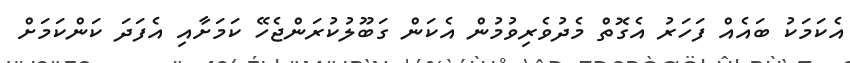
އެކަމަކު ބައެއް ފަހަރު އެގޮތް މެދުވެރިވުމުން އެކަން ގަބޫލުކުރަންޖެހޭ ކަމަށާއި އެފަދަ ކަންކަމަށް